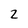
Character: 2